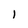
Character: l